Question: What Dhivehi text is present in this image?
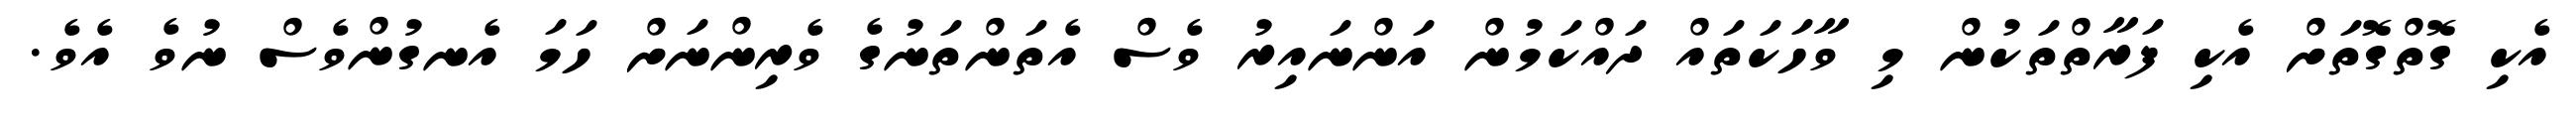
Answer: އެކި ގޮތްގޮތަށް އެކި ފަރާތްތަކުން މި ވާހަކަތައް ދައްކަމުން އަންނައިރު ވެސް އެތަންތަނުގެ ވެރިންނަށް ހަމަ އެނގުންވެސް ނުވެ އެވެ.